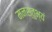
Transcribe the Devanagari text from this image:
मनस्तुभ्यं